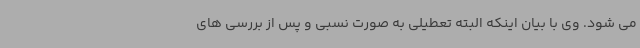
می شود. وی با بیان اینکه البته تعطیلی به صورت نسبی و پس از بررسی های